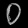
Digit: ၀